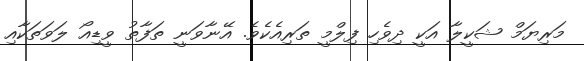
މަރިޔަމް ޝަކީލާ އަކީ ދިވެހި ފިލްމީ ތަރިއެކެވެ. އޭނާވަނީ ތަފާތު ވީޑިއޯ ލަވަތަކާއި